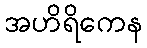
အဟိရိကေန